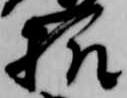
様